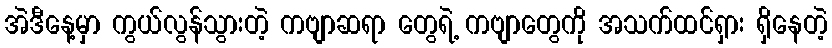
အဲဒီနေ့မှာ ကွယ်လွန်သွားတဲ့ ကဗျာဆရာ တွေရဲ့ ကဗျာတွေကို အသက်ထင်ရှား ရှိနေတဲ့